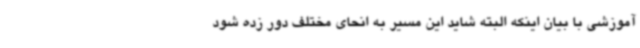
آموزشی با بیان اینکه البته شاید این مسیر به انحای مختلف دور زده شود